Indian journal of veterinary science and animal husbandry - Volumes 28-29, 1958-1959
Year: 1958
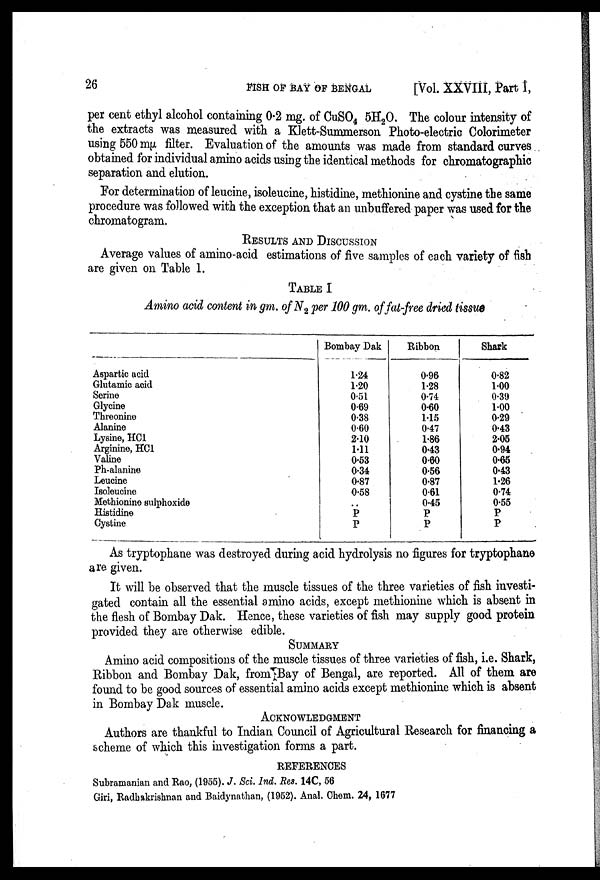
26
FISH
OF
BAY
OF
BENGAL
[Vol. XXVIII, Part 1,
per cent ethyl alcohol containing 0.2 mg. of CuSO 4 5H 2 O. The colour intensity of
the extracts was measured with a Klett-Summerson Photo-electric Colorimeter
using 550 mµ filter. Evaluation of the amounts was made from standard curves
obtained for individual amino acids using the identical methods for chromatographic
separation and elution.
For determination of leucine, isoleucine, histidine, methionine and cystine the same
procedure was followed with the exception that an unbuffered paper was used for the
chromatogram.
RESULTS AND DISCUSSION
Average values of amino-acid estimations of five samples of each variety of fish
are given on Table 1.
TABLE I
Amino acid content in gm. of N 2 per 100 gm. of fat-free dried tissue
Aspartic acid
Glutamic acid
Serine
Glycine
Threonine
Alanine
Lysine, HCl
Arginine, HCl
Valine
Ph-alanine
Leucine
Isoleucine
Methionine sulphoxide
Histidine
Cystine
Bombay Dak
1.24
1.20
0.51
0.69
0.38
0.60
2.10
1.11
0.53
0.34
0.87
0.58
..
P
P
Ribbon
0.96
1.28
0.74
0.60
1.15
0.47
1.86
0.43
0.60
0.56
0.87
0.61
0.45
P
P
Shark
0.82
1.00
0.39
1.00
0.29
0.43
2.05
0.94
0.65
0.43
1.26
0.74
0.55
P
P
As tryptophane was destroyed during acid hydrolysis no figures for tryptophane
are given.
It will be observed that the muscle tissues of the three varieties of fish investi-
gated contain all the essential amino acids, except methionine which is absent in
the flesh of Bombay Dak. Hence, these varieties of fish may supply good protein
provided they are otherwise edible.
SUMMARY
Amino acid compositions of the muscle tissues of three varieties of fish, i.e. Shark,
Ribbon and Bombay Dak, from Bay of Bengal, are reported. All of them are
found to be good sources of essential amino acids except methionine which is absent
in Bombay Dak muscle.
ACKNKOWLEDGMENT
Authors are thankful to Indian Council of Agricultural Research for financing a
scheme of which this investigation forms a part.
REFERENCES
Subramanian and Rao, (1955). J. Sci. Ind. Res. 14C, 56
Giri, Radhakrishnan and Baidynathan, (1952). Anal. Chem. 24, 1677